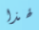
لهذا